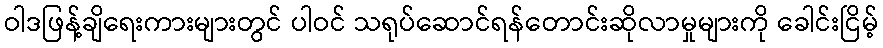
ဝါဒဖြန့်ချိရေးကားများတွင် ပါဝင် သရုပ်ဆောင်ရန်တောင်းဆိုလာမှုများကို ခေါင်းငြိမ့်